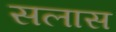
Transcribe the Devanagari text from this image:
सलास